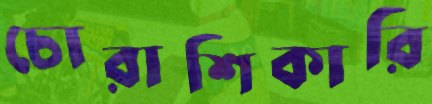
চোরাশিকারি